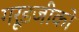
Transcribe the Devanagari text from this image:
गरूडजीको